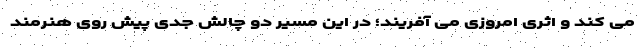
می کند و اثری امروزی می آفریند؛ در این مسیر دو چالش جدی پیش روی هنرمند